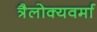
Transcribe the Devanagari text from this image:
त्रैलोक्यवर्मा